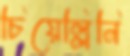
চিয়েল্লিনি